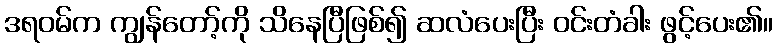
ဒရဝမ်က ကျွန်တော့်ကို သိနေပြီဖြစ်၍ ဆလံပေးပြီး ဝင်းတံခါး ဖွင့်ပေး၏။